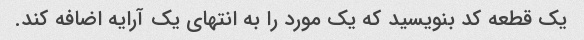
یک قطعه کد بنویسید که یک مورد را به انتهای یک آرایه اضافه کند.